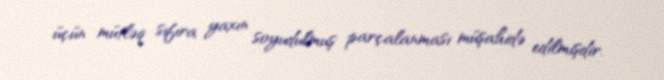
üçün mütləq sıfıra yaxın soyudulmuş parçalanması müşahidə edilmişdir.